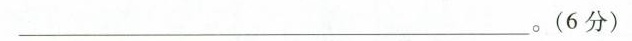
___(6分)